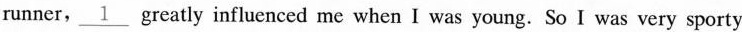
runner,\underline{1} greatly influenced me when I was young. So I was very sporty